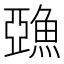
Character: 𩸇